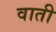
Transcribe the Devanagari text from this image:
वाती